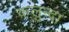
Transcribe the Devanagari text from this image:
कलुन्दा